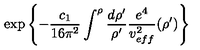
\exp { \left\{ - \frac { c _ { 1 } } { 1 6 \pi ^ { 2 } } \int ^ { \rho } \frac { d \rho ^ { \prime } } { \rho ^ { \prime } } \frac { e ^ { 4 } } { v _ { e f f } ^ { 2 } } ( \rho ^ { \prime } ) \right\} }